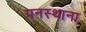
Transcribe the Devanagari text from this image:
पनस्थाना